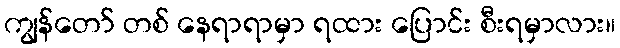
ကျွန်တော် တစ် နေရာရာမှာ ရထား ပြောင်း စီးရမှာလား။